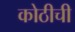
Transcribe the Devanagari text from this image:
कोठीची